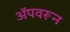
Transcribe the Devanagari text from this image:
अॅपवरून